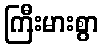
ကြီးမားစွာ